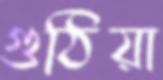
গুঠিয়া